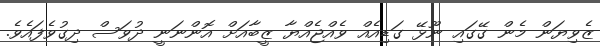
ޒެވިޔަން މެން ގޭގައި ނޫޅޭ ގަޑިއެއް ވެއްޖެއްޔާ ޒީބާއަށް އޮންނަނީ ދުވަސް ދިގުވެފައެވެ.